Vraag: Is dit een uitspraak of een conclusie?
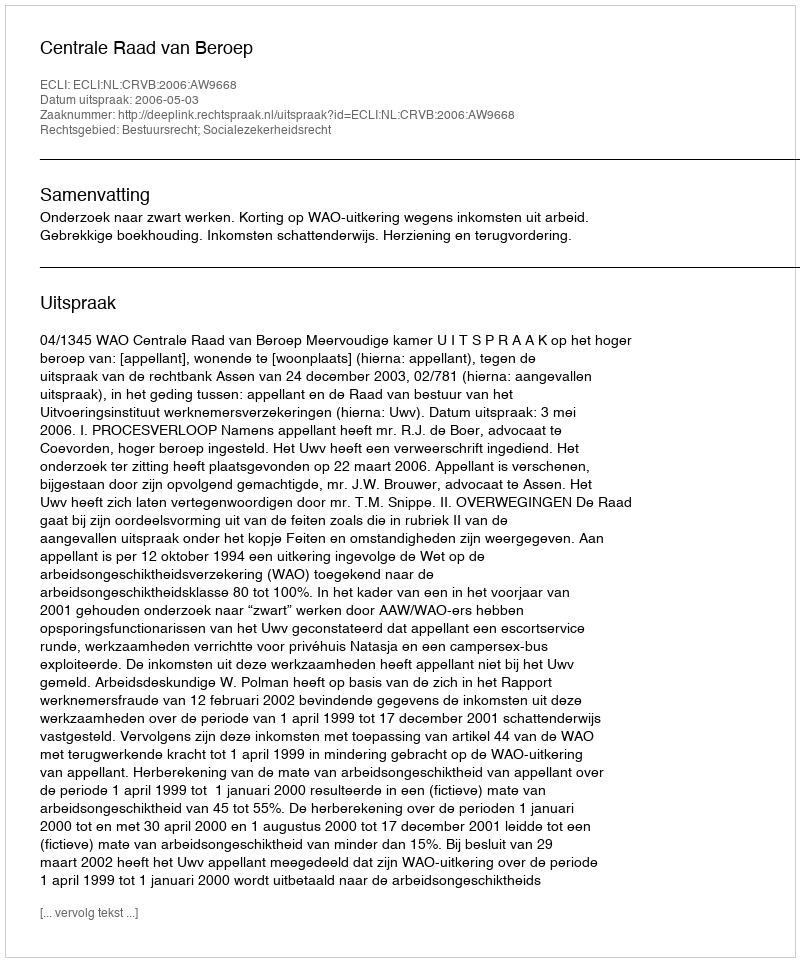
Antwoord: Uitspraak